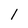
Character: 1